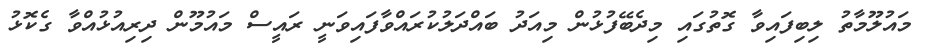
މައުލޫމާތު ލިބިފައިވާ ގޮތުގައި މިދެބޭފުޅުން މިއަދު ބައްދަލުކުރައްވާފައިވަނީ ރައީސް މައުމޫން ދިރިއުޅުއްވާ ގެކޮޅު